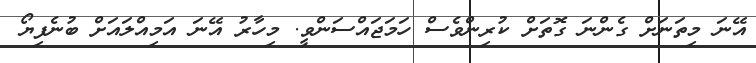
އޭނަ މިތަނަށް ގެންނަ ގޮތަށް ކުރިންވެސް ހަމަޖައްސަންވީ. މިހާރު އޭނަ އަމިއްލައަށް ބުނެފިޔޯ